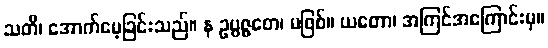
သတိ၊ အောက်မေ့ခြင်းသည်။ န ဥပ္ပဇ္ဇတေ၊ မဖြစ်။ ယတော၊ အကြင်အကြောင်းမှ။